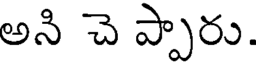
అని చె ప్పారు.